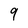
Character: 9